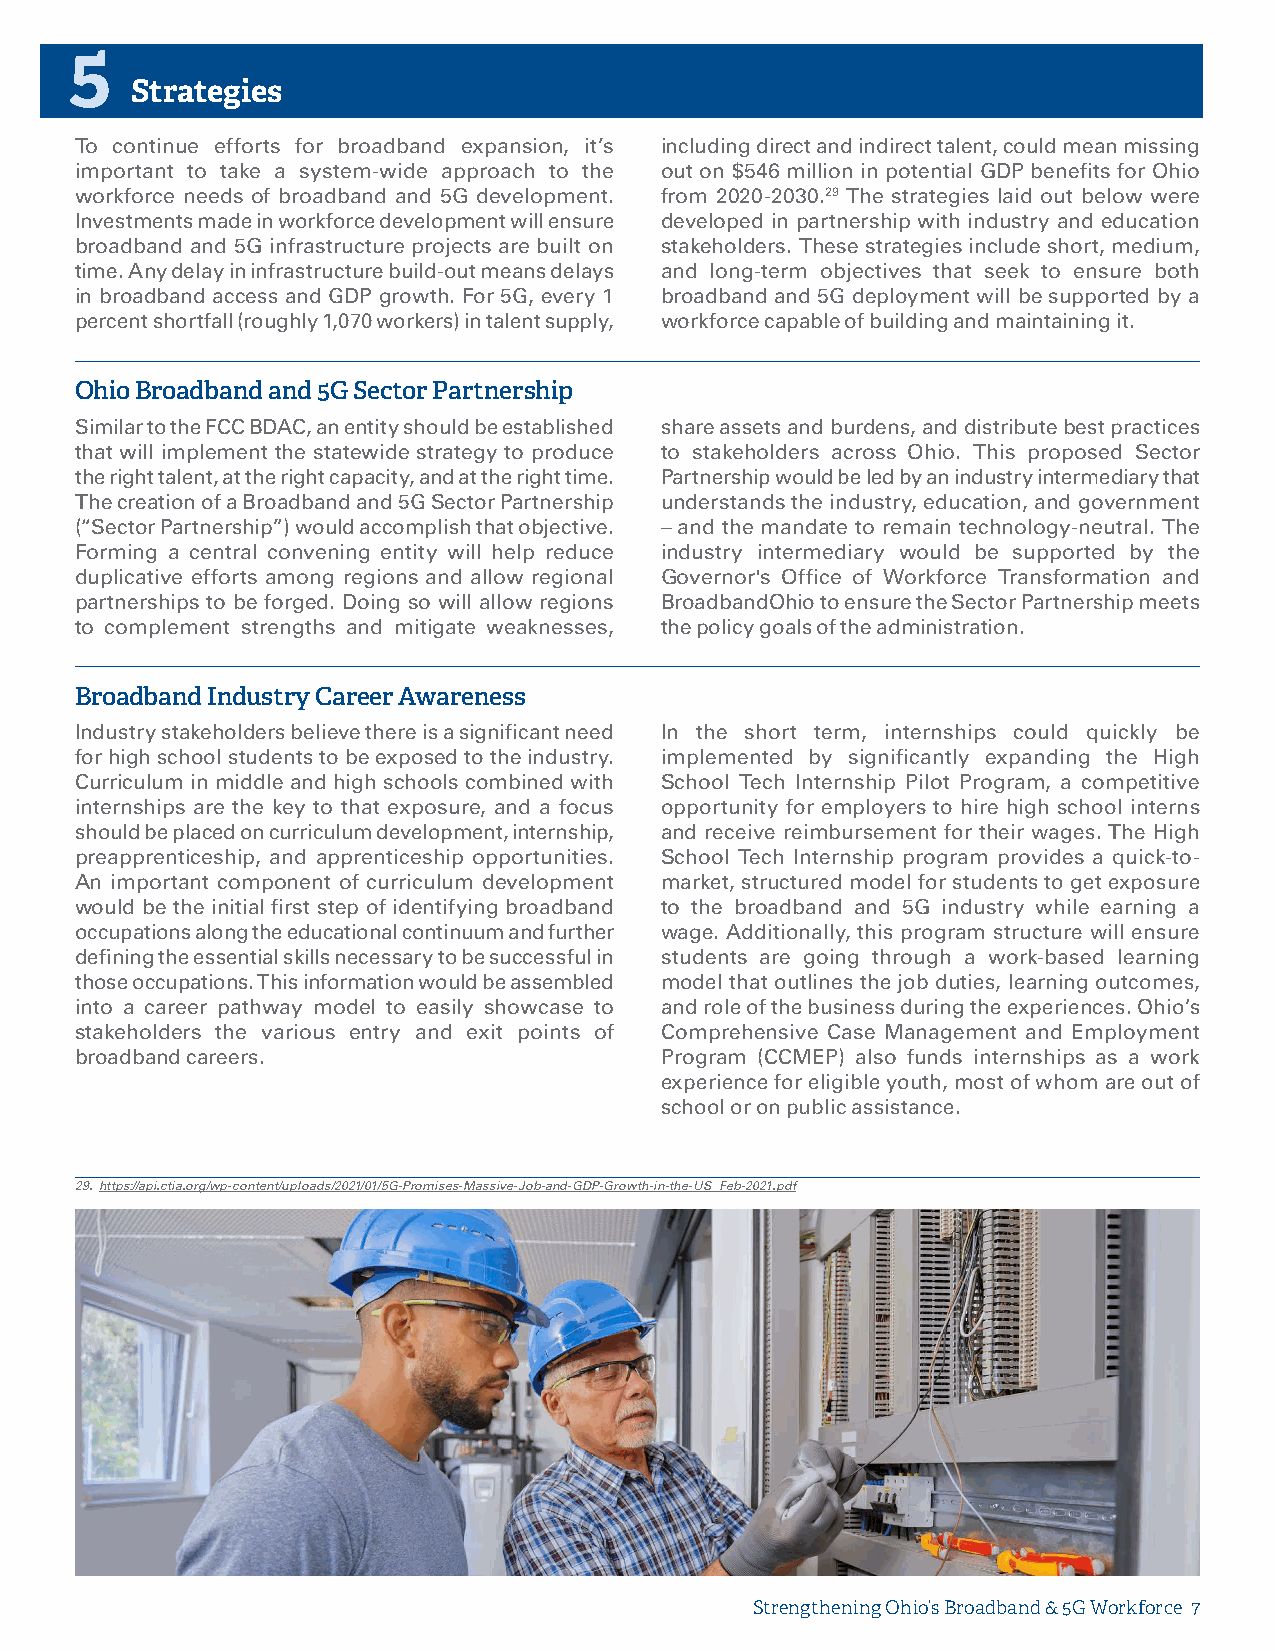
5
 Strategies
 To continue efforts for broadband expansion, it’s including direct and indirect talent, could mean missing
 important to take a system-wide approach to the out on $546 million in potential GDP benefits for Ohio
 workforce needs of broadband and 5G development. from 2020-2030.29 The strategies laid out below were
 Investments made in workforce development will ensure developed in partnership with industry and education
 broadband and 5G infrastructure projects are built on stakeholders. These strategies include short, medium,
 time. Any delay in infrastructure build-out means delays and long-term objectives that seek to ensure both
 in broadband access and GDP growth. For 5G, every 1 broadband and 5G deployment will be supported by a
 percent shortfall (roughly 1,070 workers) in talent supply, workforce capable of building and maintaining it.
 Ohio Broadband and 5G Sector Partnership
 Similar to the FCC BDAC, an entity should be established share assets and burdens, and distribute best practices
 that will implement the statewide strategy to produce to stakeholders across Ohio. This proposed Sector
 the right talent, at the right capacity, and at the right time. Partnership would be led by an industry intermediary that
 The creation of a Broadband and 5G Sector Partnership understands the industry, education, and government
 (“Sector Partnership”) would accomplish that objective. – and the mandate to remain technology-neutral. The
 Forming a central convening entity will help reduce industry intermediary would be supported by the
 duplicative efforts among regions and allow regional Governor's Office of Workforce Transformation and
 partnerships to be forged. Doing so will allow regions BroadbandOhio to ensure the Sector Partnership meets
 to complement strengths and mitigate weaknesses, the policy goals of the administration.
 Broadband Industry Career Awareness
 Industry stakeholders believe there is a significant need In the short term, internships could quickly be
 for high school students to be exposed to the industry. implemented by significantly expanding the High
 Curriculum in middle and high schools combined with School Tech Internship Pilot Program, a competitive
 internships are the key to that exposure, and a focus opportunity for employers to hire high school interns
 should be placed on curriculum development, internship, and receive reimbursement for their wages. The High
 preapprenticeship, and apprenticeship opportunities. School Tech Internship program provides a quick-to-
 An important component of curriculum development market, structured model for students to get exposure
 would be the initial first step of identifying broadband to the broadband and 5G industry while earning a
 occupations along the educational continuum and further wage. Additionally, this program structure will ensure
 defining the essential skills necessary to be successful in students are going through a work-based learning
 those occupations. This information would be assembled model that outlines the job duties, learning outcomes,
 into a career pathway model to easily showcase to and role of the business during the experiences. Ohio’s
 stakeholders the various entry and exit points of Comprehensive Case Management and Employment
 broadband careers.                     Program (CCMEP) also funds internships as a work
 experience for eligible youth, most of whom are out of
 school or on public assistance.
 29. https://api.ctia.org/wp-content/uploads/2021/01/5G-Promises-Massive-Job-and-GDP-Growth-in-the-US_Feb-2021.pdf
 Strengthening Ohio’s Broadband & 5G Workforce 7